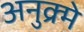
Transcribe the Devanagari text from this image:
अनुक्र्मे